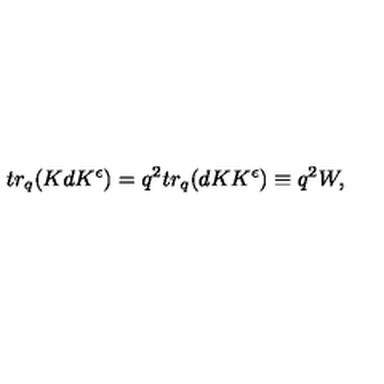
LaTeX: t r _ { q } ( K d K ^ { \epsilon } ) = q ^ { 2 } t r _ { q } ( d K K ^ { \epsilon } ) \equiv q ^ { 2 } W ,